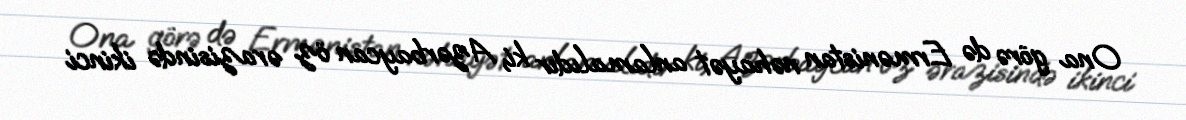
Ona görə də Ermənistan nəhayət anlamalıdır ki, Azərbaycan öz ərazisində ikinci